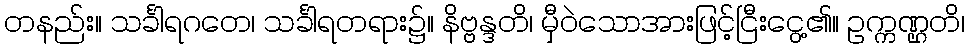
တနည်း။ သင်္ခါရဂတေ၊ သင်္ခါရတရား၌။ နိဗ္ဗန္ဒတိ၊ မှီဝဲသောအားဖြင့်ငြီးငွေ့၏။ ဥက္ကဏ္ဌတိ၊